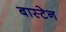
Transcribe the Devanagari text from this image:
बास्टेन